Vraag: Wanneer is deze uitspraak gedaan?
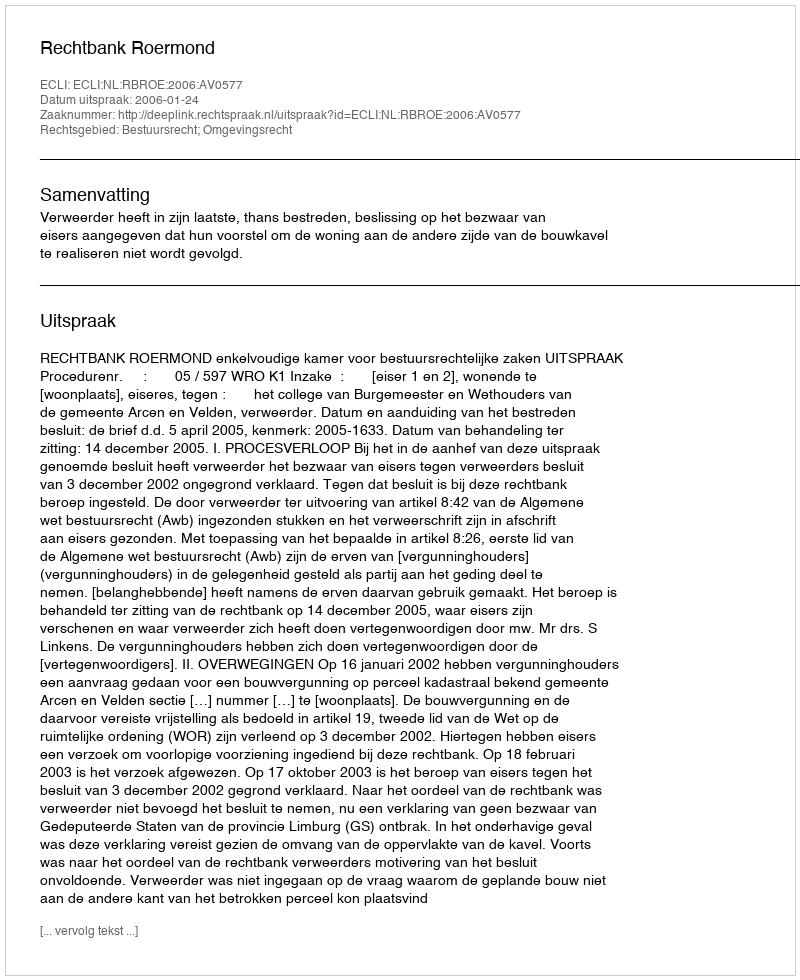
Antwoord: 2006-01-24